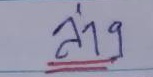
ล่าง